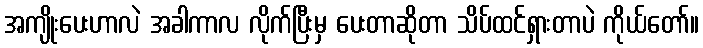
အကျိုးပေးဟာလဲ အခါကာလ လိုက်ပြီးမှ ပေးတာဆိုတာ သိပ်ထင်ရှားတာပဲ ကိုယ်တော်။